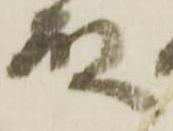
殿